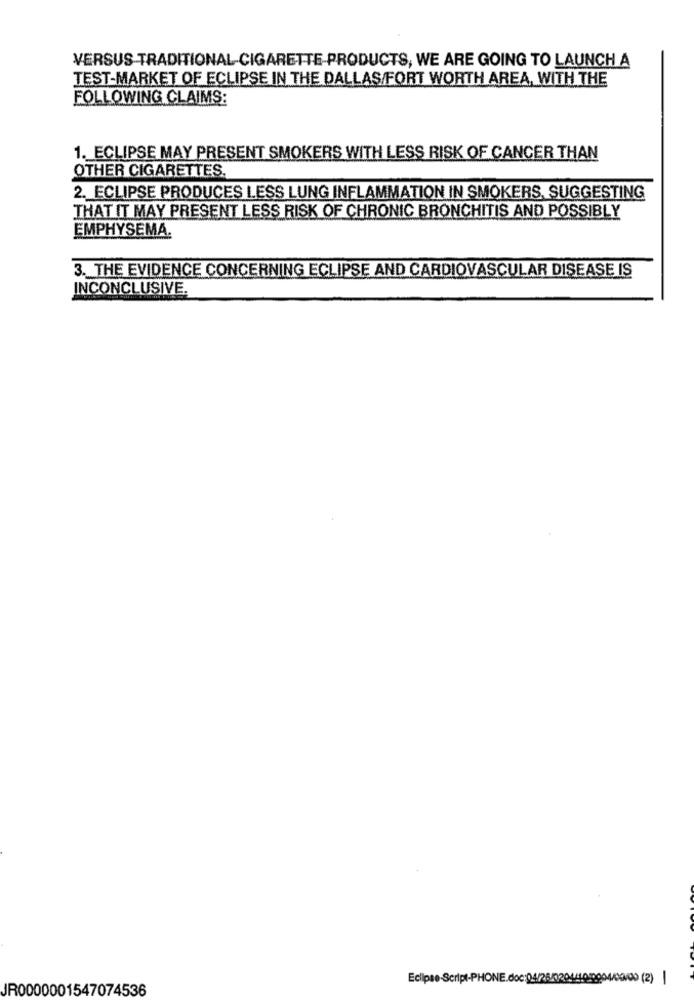
VERSUS TRADITIONAL-CIGARETTE-PRODUCTS, WE ARE GOING TO LAUNCH A
TEST-MARKET OF ECLIPSE IN THE DALLAS/FORT WORTH AREA, WITH THE
FOLLOWING CLAIMS:
1. ECLIPSE MAY PRESENT SMOKERS WITH LESS RISK OF CANCER THAN
OTHER CIGARETTES.
2. ECLIPSE PRODUCES LESS LUNG INFLAMMATION IN SMOKERS, SUGGESTING
THAT IT MAY PRESENT LESS RISK OF CHRONIC BRONCHITIS AND POSSIBLY
EMPHYSEMA.
3. THE EVIDENCE CONCERNING ECLIPSE AND CARDIOVASCULAR DISEASE IS
INCONCLUSIVE.
JR0000001547074536